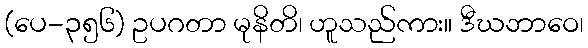
(ပေ-၃၅၆) ဥပဂတာ မုနိတိ၊ ဟူသည်ကား။ ဒီဃဘာဝေ၊